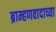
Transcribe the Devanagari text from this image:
ब्राम्हणवादाच्या